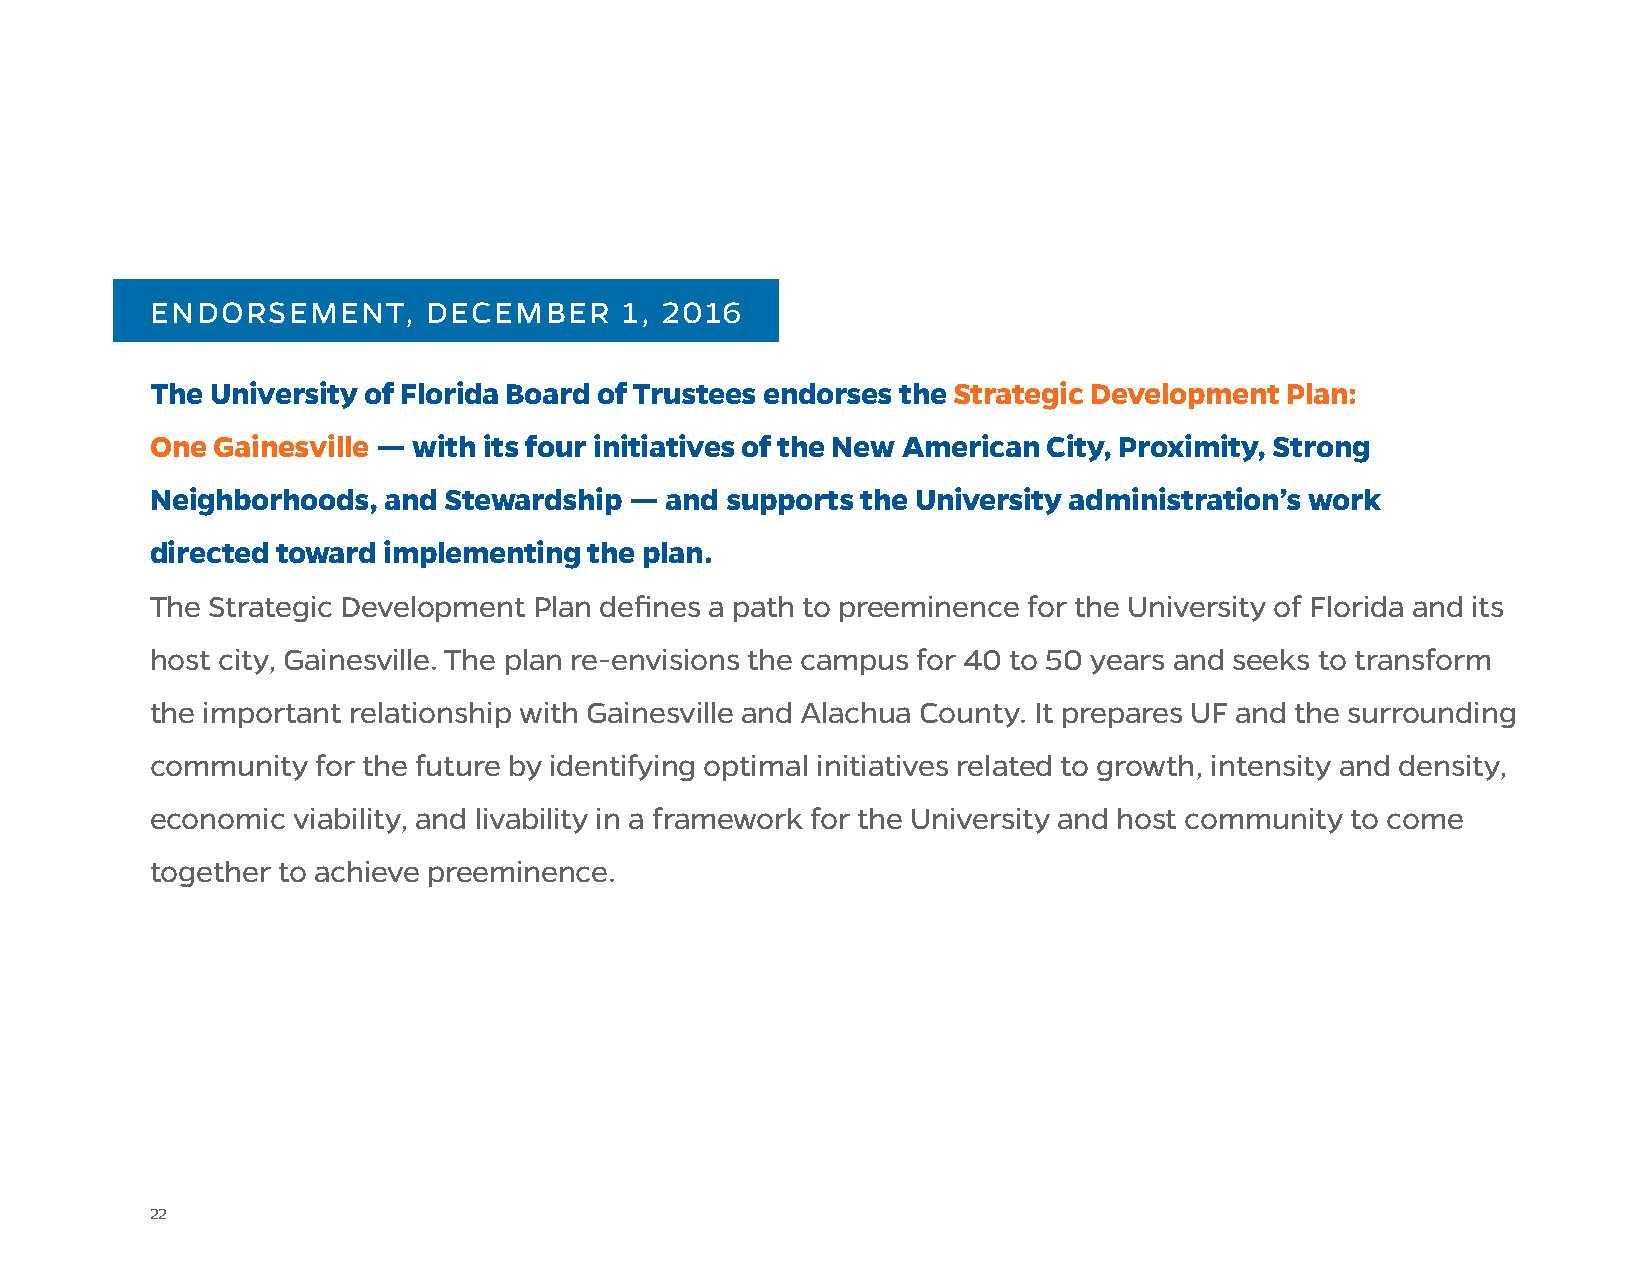
ENDORSEMENT,      DECEMBER     1, 2016
 The University of Florida Board of Trustees endorses the Strategic Development Plan:
 One Gainesville — with its four initiatives of the New American City, Proximity, Strong
 Neighborhoods,  and Stewardship — and supports the University administration’s work
 directed toward implementing the plan.
 The Strategic Development Plan defines a path to preeminence for the University of Florida and its
 host city, Gainesville. The plan re-envisions the campus for 40 to 50 years and seeks to transform
 the important relationship with Gainesville and Alachua County. It prepares UF and the surrounding
 community  for the future by identifying optimal initiatives related to growth, intensity and density,
 economic viability, and livability in a framework for the University and host community to come
 together to achieve preeminence.
 22